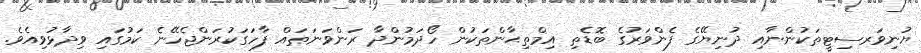
ޔުނިވަރސިޓީތަކުންނާއި ދުނިޔޭގެ ފެންވަރުގެ ބޮޑެތި އިމްތިޙާންތަކުން ހޯދަމުންދާ ރަންވަނަތައް ފާހަގަކުރަންޖެހޭނެ ކަމުގައި ވިދާޅުވިއެވެ.